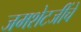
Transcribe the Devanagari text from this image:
जमशेटजींचे